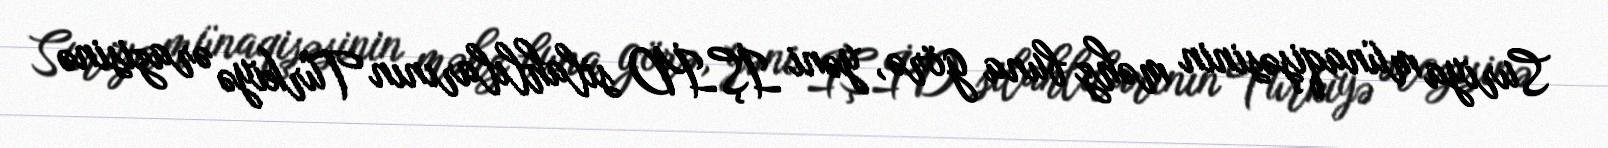
Suriya münaqişəsinin məhz buna görə, yəni İŞİD silahlılarının Türkiyə ərazisinə